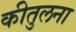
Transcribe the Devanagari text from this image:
कीतुलना